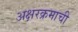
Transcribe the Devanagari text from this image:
अक्षरक्रमाची